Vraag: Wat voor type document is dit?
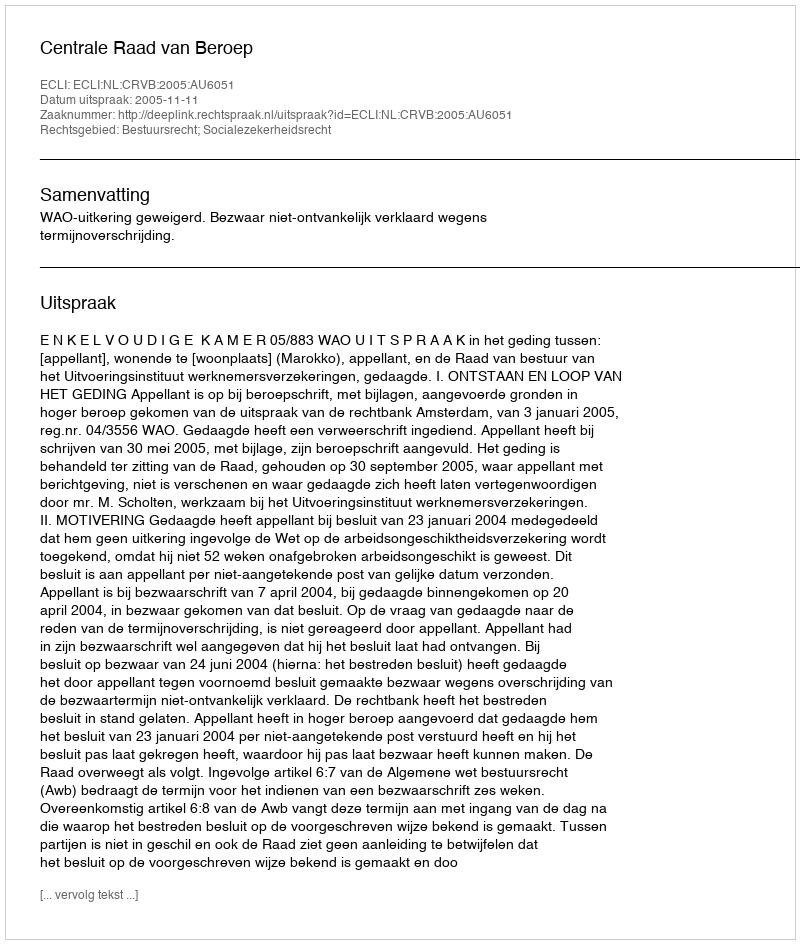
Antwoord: Uitspraak